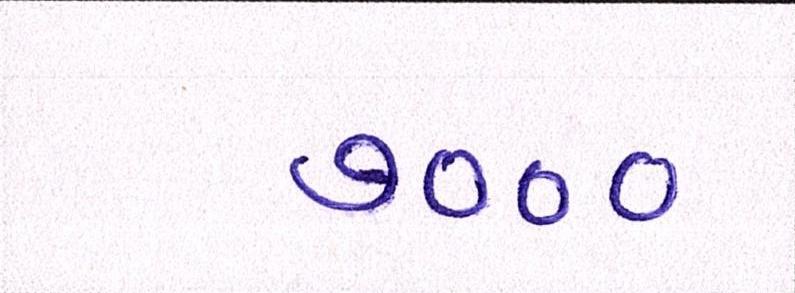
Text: ૭૦૦૦